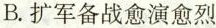
B.扩军备战愈演愈烈